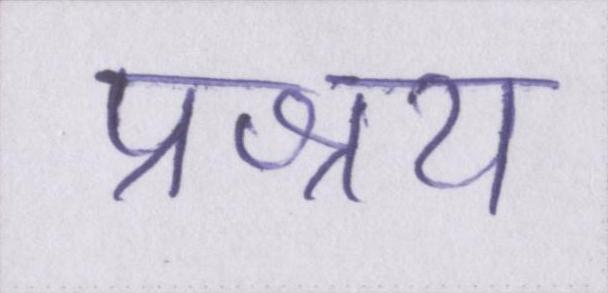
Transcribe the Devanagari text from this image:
प्रश्रय